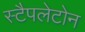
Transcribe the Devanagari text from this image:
स्टैपलेटोन